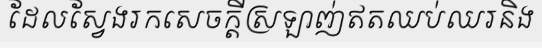
ដែលស្វែងរកសេចក្តីស្រឡាញ់ឥតឈប់ឈរនិង